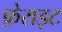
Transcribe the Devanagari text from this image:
फ़ेराइट